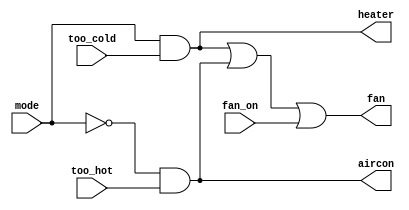
module top_module (
    input wire too_cold,
    input wire too_hot,
    input wire mode,
    input wire fan_on,
    output wire heater,
    output wire aircon,
    output wire fan
);

    // Heater logic: Heater is on when mode is heating (mode = 1) and too_cold = 1
    assign heater = mode && too_cold;

    // Air conditioner logic: Aircon is on when mode is cooling (mode = 0) and too_hot = 1
    assign aircon = ~mode && too_hot;

    // Fan logic: Fan is on when either heater or aircon is on, or fan_on is high
    assign fan = heater || aircon || fan_on;

endmodule